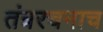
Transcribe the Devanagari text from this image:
तंत्ररचनाच